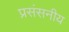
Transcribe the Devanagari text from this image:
प्रसंसनीय